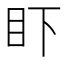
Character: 𰥌